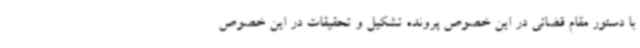
با دستور مقام قضائی در این خصوص پرونده تشکیل و تحقیقات در این خصوص